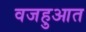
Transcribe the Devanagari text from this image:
वजहुआत